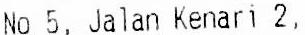
NO 5, JALAN KENARI 2,